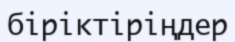
біріктіріңдер